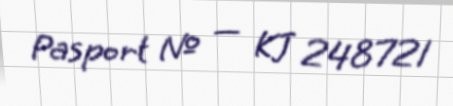
Pasport № — KJ 248721